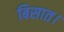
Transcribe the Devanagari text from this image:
बिसात।